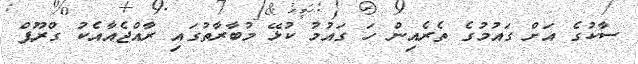
ސާކުގެ އަށް ގައުމުގެ ތެރެއިން ހަ ގައުމު ކުޅޭ މުބާރާތުގައި ރާއްޖެއާއެކު ގްރޫޕް